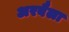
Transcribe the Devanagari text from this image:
अरबैला